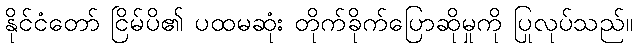
နိုင်ငံတော် ငြိမ်ပိ၏ ပထမဆုံး တိုက်ခိုက်ပြောဆိုမှုကို ပြုလုပ်သည်။